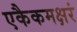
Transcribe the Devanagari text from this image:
एकैकमक्षरं